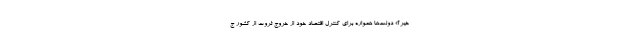
خیر؟» دولت‌ها همواره برای کنترل اقتصاد خود از خروج ثروت از کشور ج